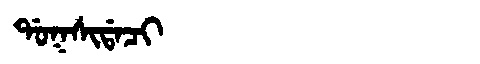
Manchu: ᡩᠣᡴᠰᡳᡩᠠᠴᡳ
Romanization: DOKSIDACI